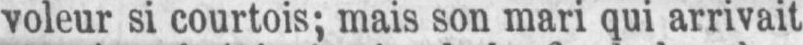
voleur si courtois; mais son mari qui arrivait